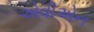
એવીએન